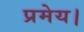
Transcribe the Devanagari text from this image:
प्रमेय।